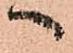
へ